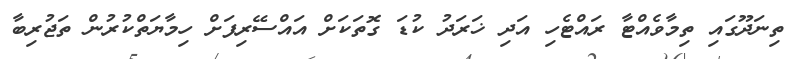
ތިނަދޫގައި ތިމާވެއްޓާ ރައްޓެހި އަދި ޚަރަދު ކުޑަ ގޮތަކަށް އައްސޭރިފަށް ހިމާޔަތްކުރުން ތަޖުރިބާ